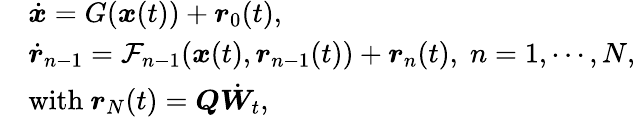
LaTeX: \begin{array}{rl}&{\dot{\boldsymbol{x}}=G(\boldsymbol{x}(t))+\boldsymbol{r}_{0}(t),}\\ &{\dot{\boldsymbol{r}}_{n-1}=\mathcal{F}_{n-1}(\boldsymbol{x}(t),\boldsymbol{r}_{n-1}(t))+\boldsymbol{r}_{n}(t),\; n=1,\cdots,N,}\\ &{\mathrm{with~}\boldsymbol{r}_{N}(t)=\boldsymbol{Q}\dot{{\boldsymbol{W}}}_{t},}\end{array}